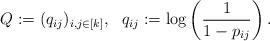
LaTeX: \begin{align*}Q:= (q_{ij})_{i,j \in [k]}, \ \ q_{ij} := \log \left(\dfrac{1}{1-p_{ij}}\right).\end{align*}